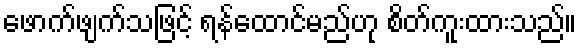
ဖောက်ဖျက်သဖြင့် ရန်ထောင်မည်ဟု စိတ်ကူးထားသည်။